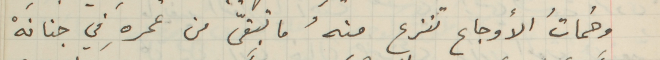
وحُماتُ الأوجاع تنزع منهُ ما تبقّى من عمرهِ في جنانهْ